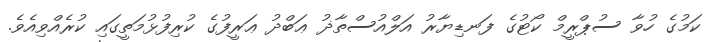
ކަމުގެ ހުވާ ސުޕްރީމް ކޯޓުގެ ފަނޑިޔާރު އަލްއުސްތާޛު ޢަބްދު ޢަރީފުގެ ކުރިފުޅުމަތީގައި ކުރެއްވިއެވެ.